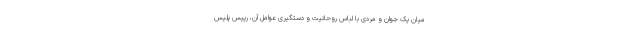
میان یک جوان و مردی با لباس روحانیت و دستگیری عوامل آن، رییس پلیس